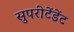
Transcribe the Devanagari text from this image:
सुपरीटेंडेंट